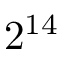
2 ^ { 1 4 }